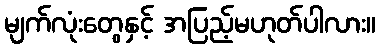
မျက်လုံးတွေနှင့် အပြည့်မဟုတ်ပါလား။